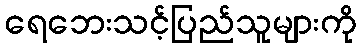
ရေဘေးသင့်ပြည်သူများကို